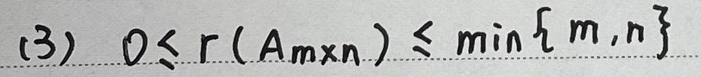
(3) \(0\leq r(A_{mn})\leq \min\{m,n\}\)